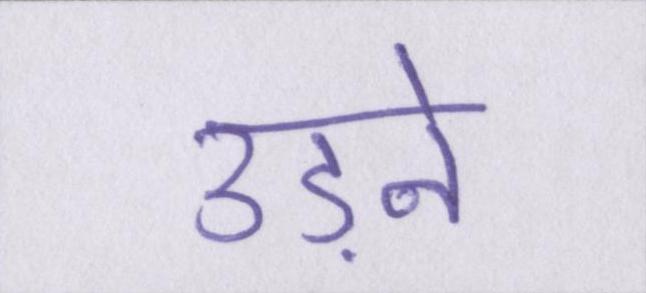
उड़ने